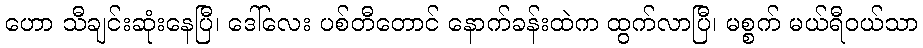
ဟော သီချင်းဆုံးနေပြီ၊ ဒေါ်လေး ပစ်တီတောင် နောက်ခန်းထဲက ထွက်လာပြီ၊ မစ္စက် မယ်ရီဝယ်သာ